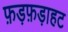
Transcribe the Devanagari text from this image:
फ़ड़फ़ड़ाहट